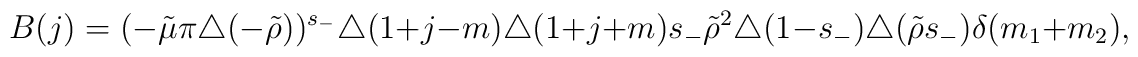
B(j) = (-\tilde\mu\pi \triangle(-\tilde\rho))^{s_-}\triangle(1+j-m)\triangle(1+j+m)s_-\tilde\rho^2\triangle(1-s_-)\triangle(\tilde\rho s_-) \delta(m_1+m_2),